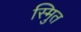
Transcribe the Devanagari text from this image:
स्मुित